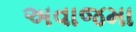
અવાજમા